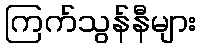
ကြက်သွန်နီများ